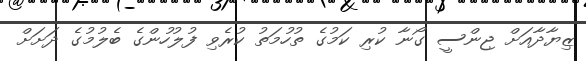
ޒިޔާދާއަށް ޖިންސީ ގޯނާ ކުރި ކަމުގެ ތުހުމަތު ކުރެވި ފުލުހުންގެ ބެލުމުގެ ދަށަށް